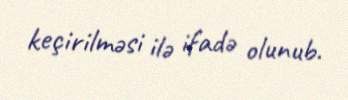
keçirilməsi ilə ifadə olunub.